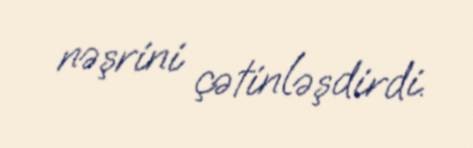
nəşrini çətinləşdirdi.